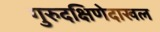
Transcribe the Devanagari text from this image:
गुरुदक्षिणेदाखल